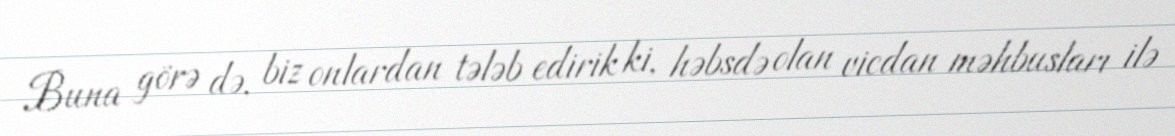
Buna görə də, biz onlardan tələb edirik ki, həbsdə olan vicdan məhbusları ilə